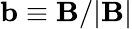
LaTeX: \mathbf{b}\equiv\mathbf{B}/|\mathbf{B}|